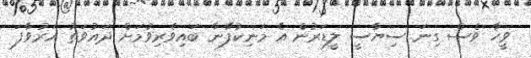
ވީހާ ވެސް ގިނަ ސިޔާސީ ލީޑަރުން އެ މަނިކުފާނާ ބައިވެރިވުމަށް ދައުވަތު އަރުވާފަ